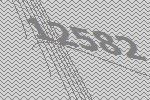
12582